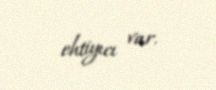
ehtiyıcı var.